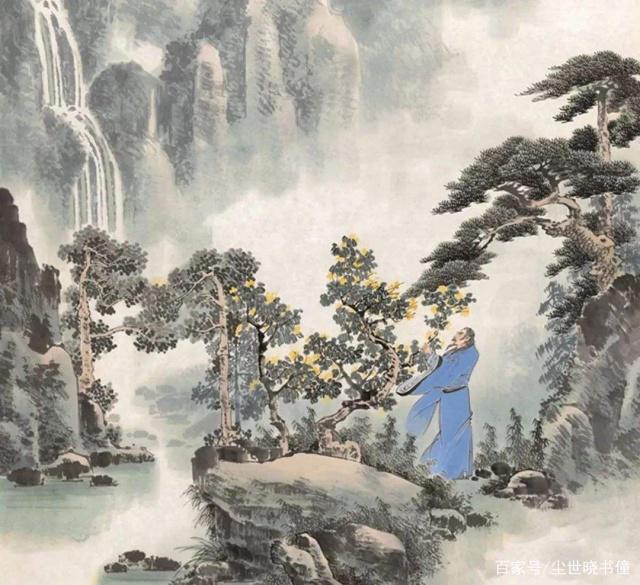
富贵必从勤苦得，男儿须读五车书。